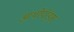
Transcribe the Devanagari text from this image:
आर्थोपॉड्स